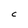
Character: C